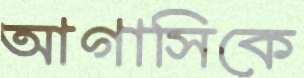
আগাসিকে